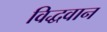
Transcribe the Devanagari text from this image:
विद्धवान